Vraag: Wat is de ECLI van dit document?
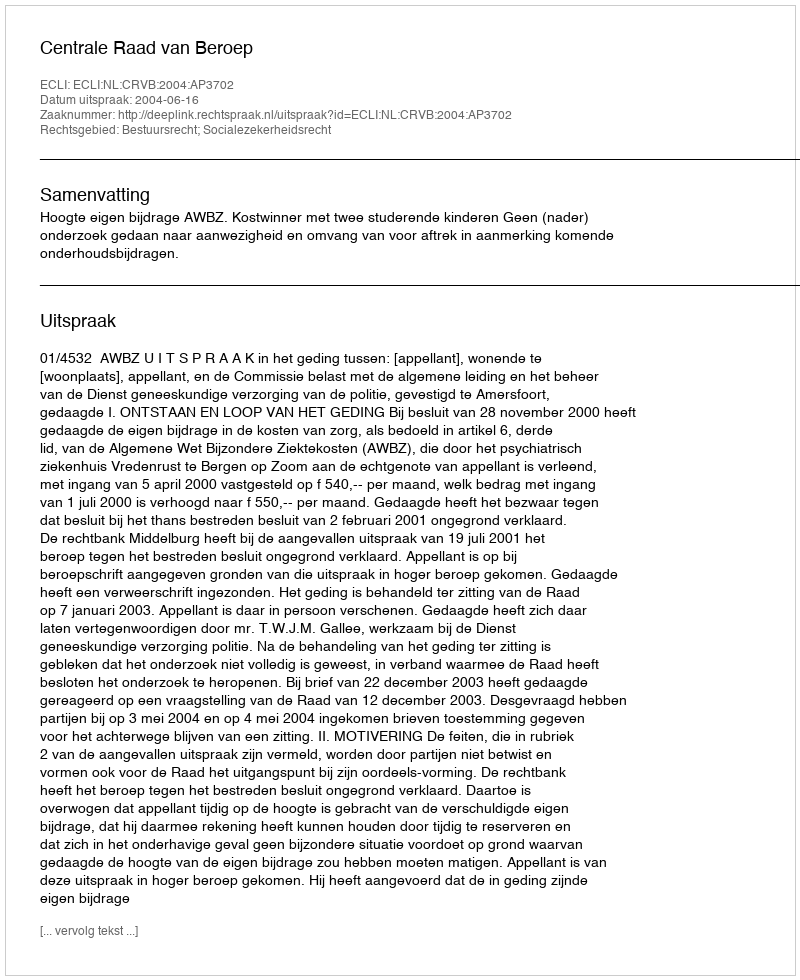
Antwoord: ECLI:NL:CRVB:2004:AP3702